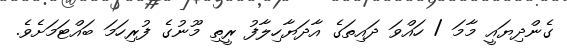
ގެންދިޔައީ މާމަ / ހައްވަ ދައިތަގެ އާދަޔާހިލާފު ރީތި މޫނުގެ ފުރިހަމަ ބައްޓަމަށެވެ.